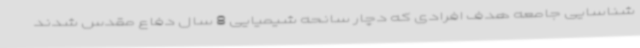
شناسایی جامعه هدف افرادی که دچار سانحه شیمیایی 8 سال دفاع مقدس شدند